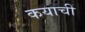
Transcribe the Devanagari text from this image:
कयाचीं